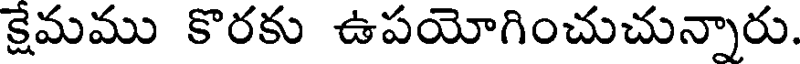
క్షేమము కొరకు ఉపయోగించుచున్నారు.